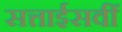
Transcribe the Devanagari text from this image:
सत्ताईसवीं